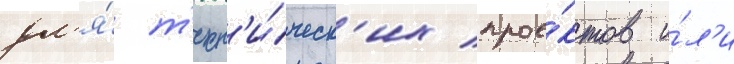
дл'я́ т'ехн'и́ческ'их прое́ктов и́л'и